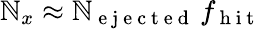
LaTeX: \mathbb{N}_{x}\approx\mathbb{N}_{\mathrm{{~e~j~e~c~t~e~d~}}}\, f_{\mathrm{{~h~i~t~}}}